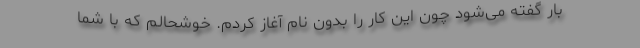
بار گفته می‌شود چون این کار را بدون نام آغاز کردم. خوشحالم که با شما